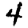
Digit: 4